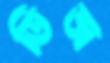
ডিভা